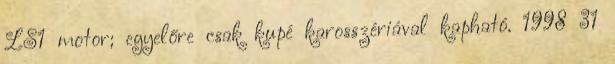
LS1 motor; egyelőre csak kupé karosszériával kapható. 1998 31